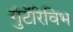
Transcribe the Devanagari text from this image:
गुंटॅरिविभ